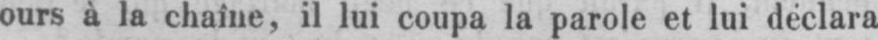
ours à la chaîne, il lui coupa la parole et lui déclara